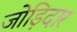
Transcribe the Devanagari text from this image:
जोड़िदार